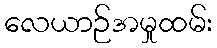
လေယာဉ်အမှုထမ်း